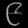
Digit: ၉